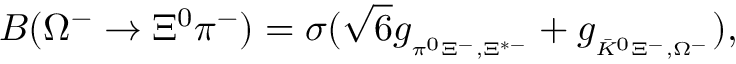
{ \cal B } ( \Omega ^ { - } \to \Xi ^ { 0 } \pi ^ { - } ) = \sigma ( \sqrt { 6 } g _ { { } _ { \pi ^ { 0 } \Xi ^ { - } , \Xi ^ { * - } } } + g _ { { } _ { \bar { K } ^ { 0 } \Xi ^ { - } , \Omega ^ { - } } } ) ,